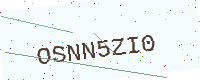
Text: OSNN5ZI0